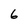
Character: 6